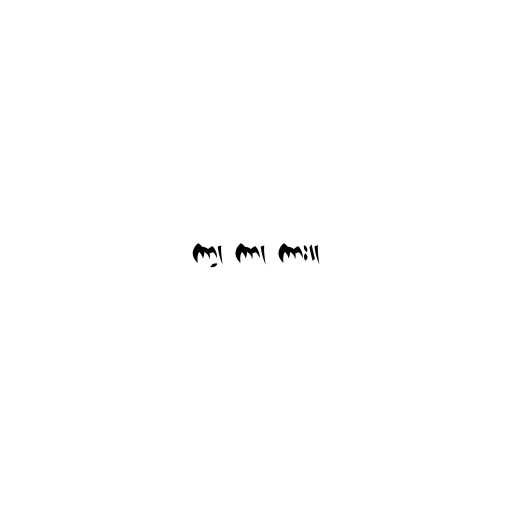
ကာ့၊ ကာ၊ ကား။